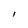
Character: l